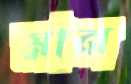
মান